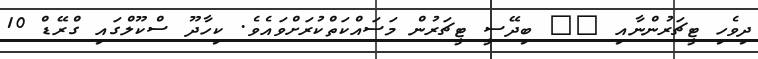
ދިވެހި ޓީޗަރުންނާއި __ ބިދޭސީ ޓީޗަރުން މަސައްކަތްކުރަށްވައެވެ. ކިހާދޫ ސްކޫލްގައި ގްރޭޑް 10